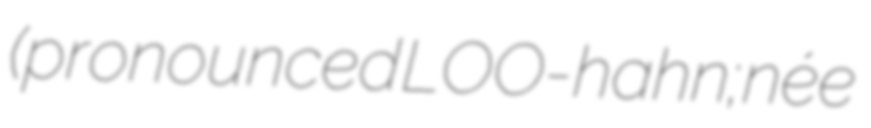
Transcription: (pronounced LOO-hahn; née